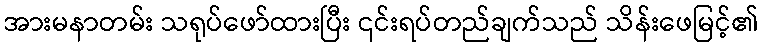
အားမနာတမ်း သရုပ်ဖော်ထားပြီး ၎င်းရပ်တည်ချက်သည် သိန်းဖေမြင့်၏